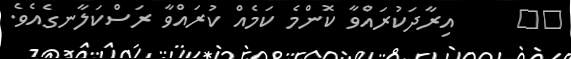
١٧     އިރާދަކުރައްވާ ކޮންމެ ކަމެއް ކުރައްވާ ރަސްކަލާނގެއެވެ.